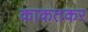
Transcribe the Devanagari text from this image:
काकतकर